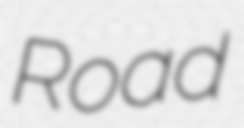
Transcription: Road